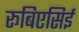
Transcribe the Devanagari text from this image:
रूबिएसिई